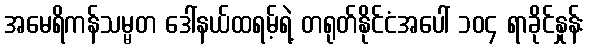
အမေရိကန်သမ္မတ ဒေါ်နယ်ထရမ့်ရဲ့ တရုတ်နိုင်ငံအပေါ် ၁၀၄ ရာခိုင်နှုန်း